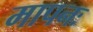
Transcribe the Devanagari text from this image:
मापनः